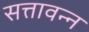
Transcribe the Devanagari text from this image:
सत्तावन्न